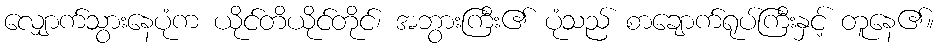
လျှောက်သွားနေပုံက ယိုင်တိယိုင်တိုင်၊ အဘွားကြီး၏ ပုံသည် စာချောက်ရုပ်ကြီးနှင့် တူနေ၏။